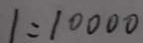
1 = 1 0 0 0 0